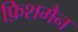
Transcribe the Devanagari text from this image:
फ़िशमैन